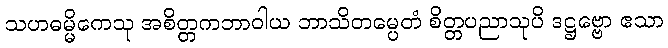
သဟဓမ္မိကေသု အစိတ္တကဘာဝါယ ဘာသိတမ္ပေတံ စိတ္တပညာသုပိ ဒဋ္ဌဗ္ဗော ဧသာ